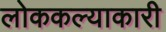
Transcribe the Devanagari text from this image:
लोककल्याकारी